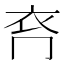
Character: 𧘉